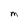
Character: M